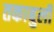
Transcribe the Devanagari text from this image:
तकाबुली